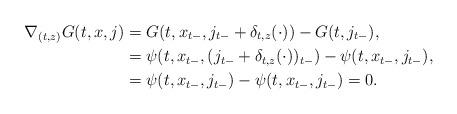
LaTeX: \begin{align*}\nabla_{(t,z)} G(t,x,j) &= G(t, x_{t-},j_{t-}+\delta_{t,z}(\cdot))-G(t,j_{t-}),\\&=\psi(t,x_{t-},(j_{t-}+\delta_{t,z}(\cdot))_{t-})- \psi(t, x_{t-},j_{t-}),\\&=\psi(t, x_{t-},j_{t-}) - \psi(t, x_{t-},j_{t-}) = 0.\end{align*}